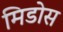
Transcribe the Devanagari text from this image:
मिडोस